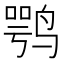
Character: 鹗